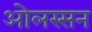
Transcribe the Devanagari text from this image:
ओलस्सन